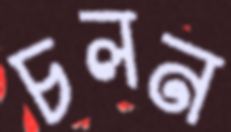
চলন